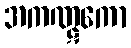
အကဏ္ဋကော